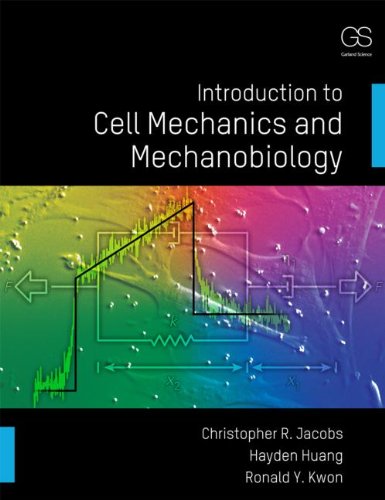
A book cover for Introduction to Cell Mechanics and Mechanobiology; Christopher R. Jacobs; Science & Math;